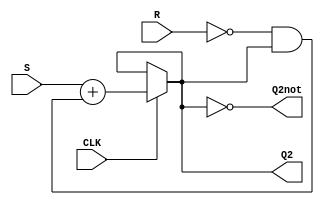
module Gated_RS_Latch (
input S,
input R,
input CLK,
output Q2,
output Q2not
);

assign Q2 = CLK? (S + ((~R) & Q2)) : Q2;
assign Q2not = ~Q2;

endmodule